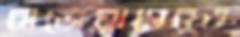
বাজেয়াপ্তেরও